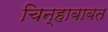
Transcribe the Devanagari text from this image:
चिन्हाबाबत